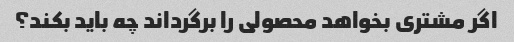
اگر مشتری بخواهد محصولی را برگرداند چه باید بکند؟